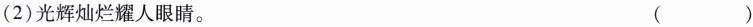
(2)光辉灿烂耀人眼睛。 ( )